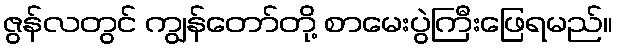
ဇွန်လတွင် ကျွန်တော်တို့ စာမေးပွဲကြီးဖြေရမည်။